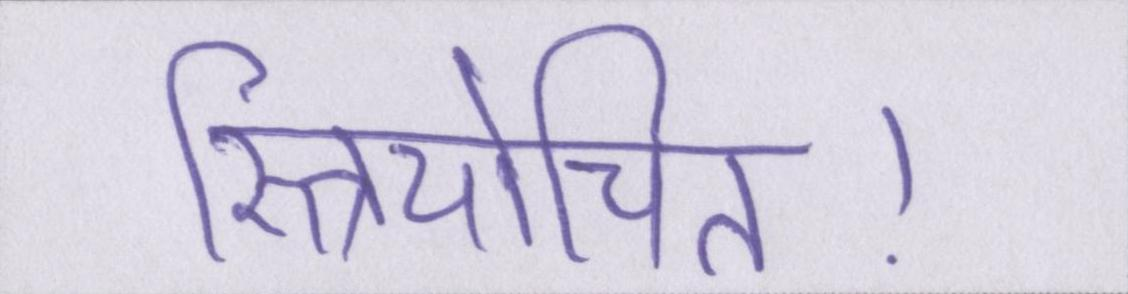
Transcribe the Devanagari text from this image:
स्त्रियोचित।